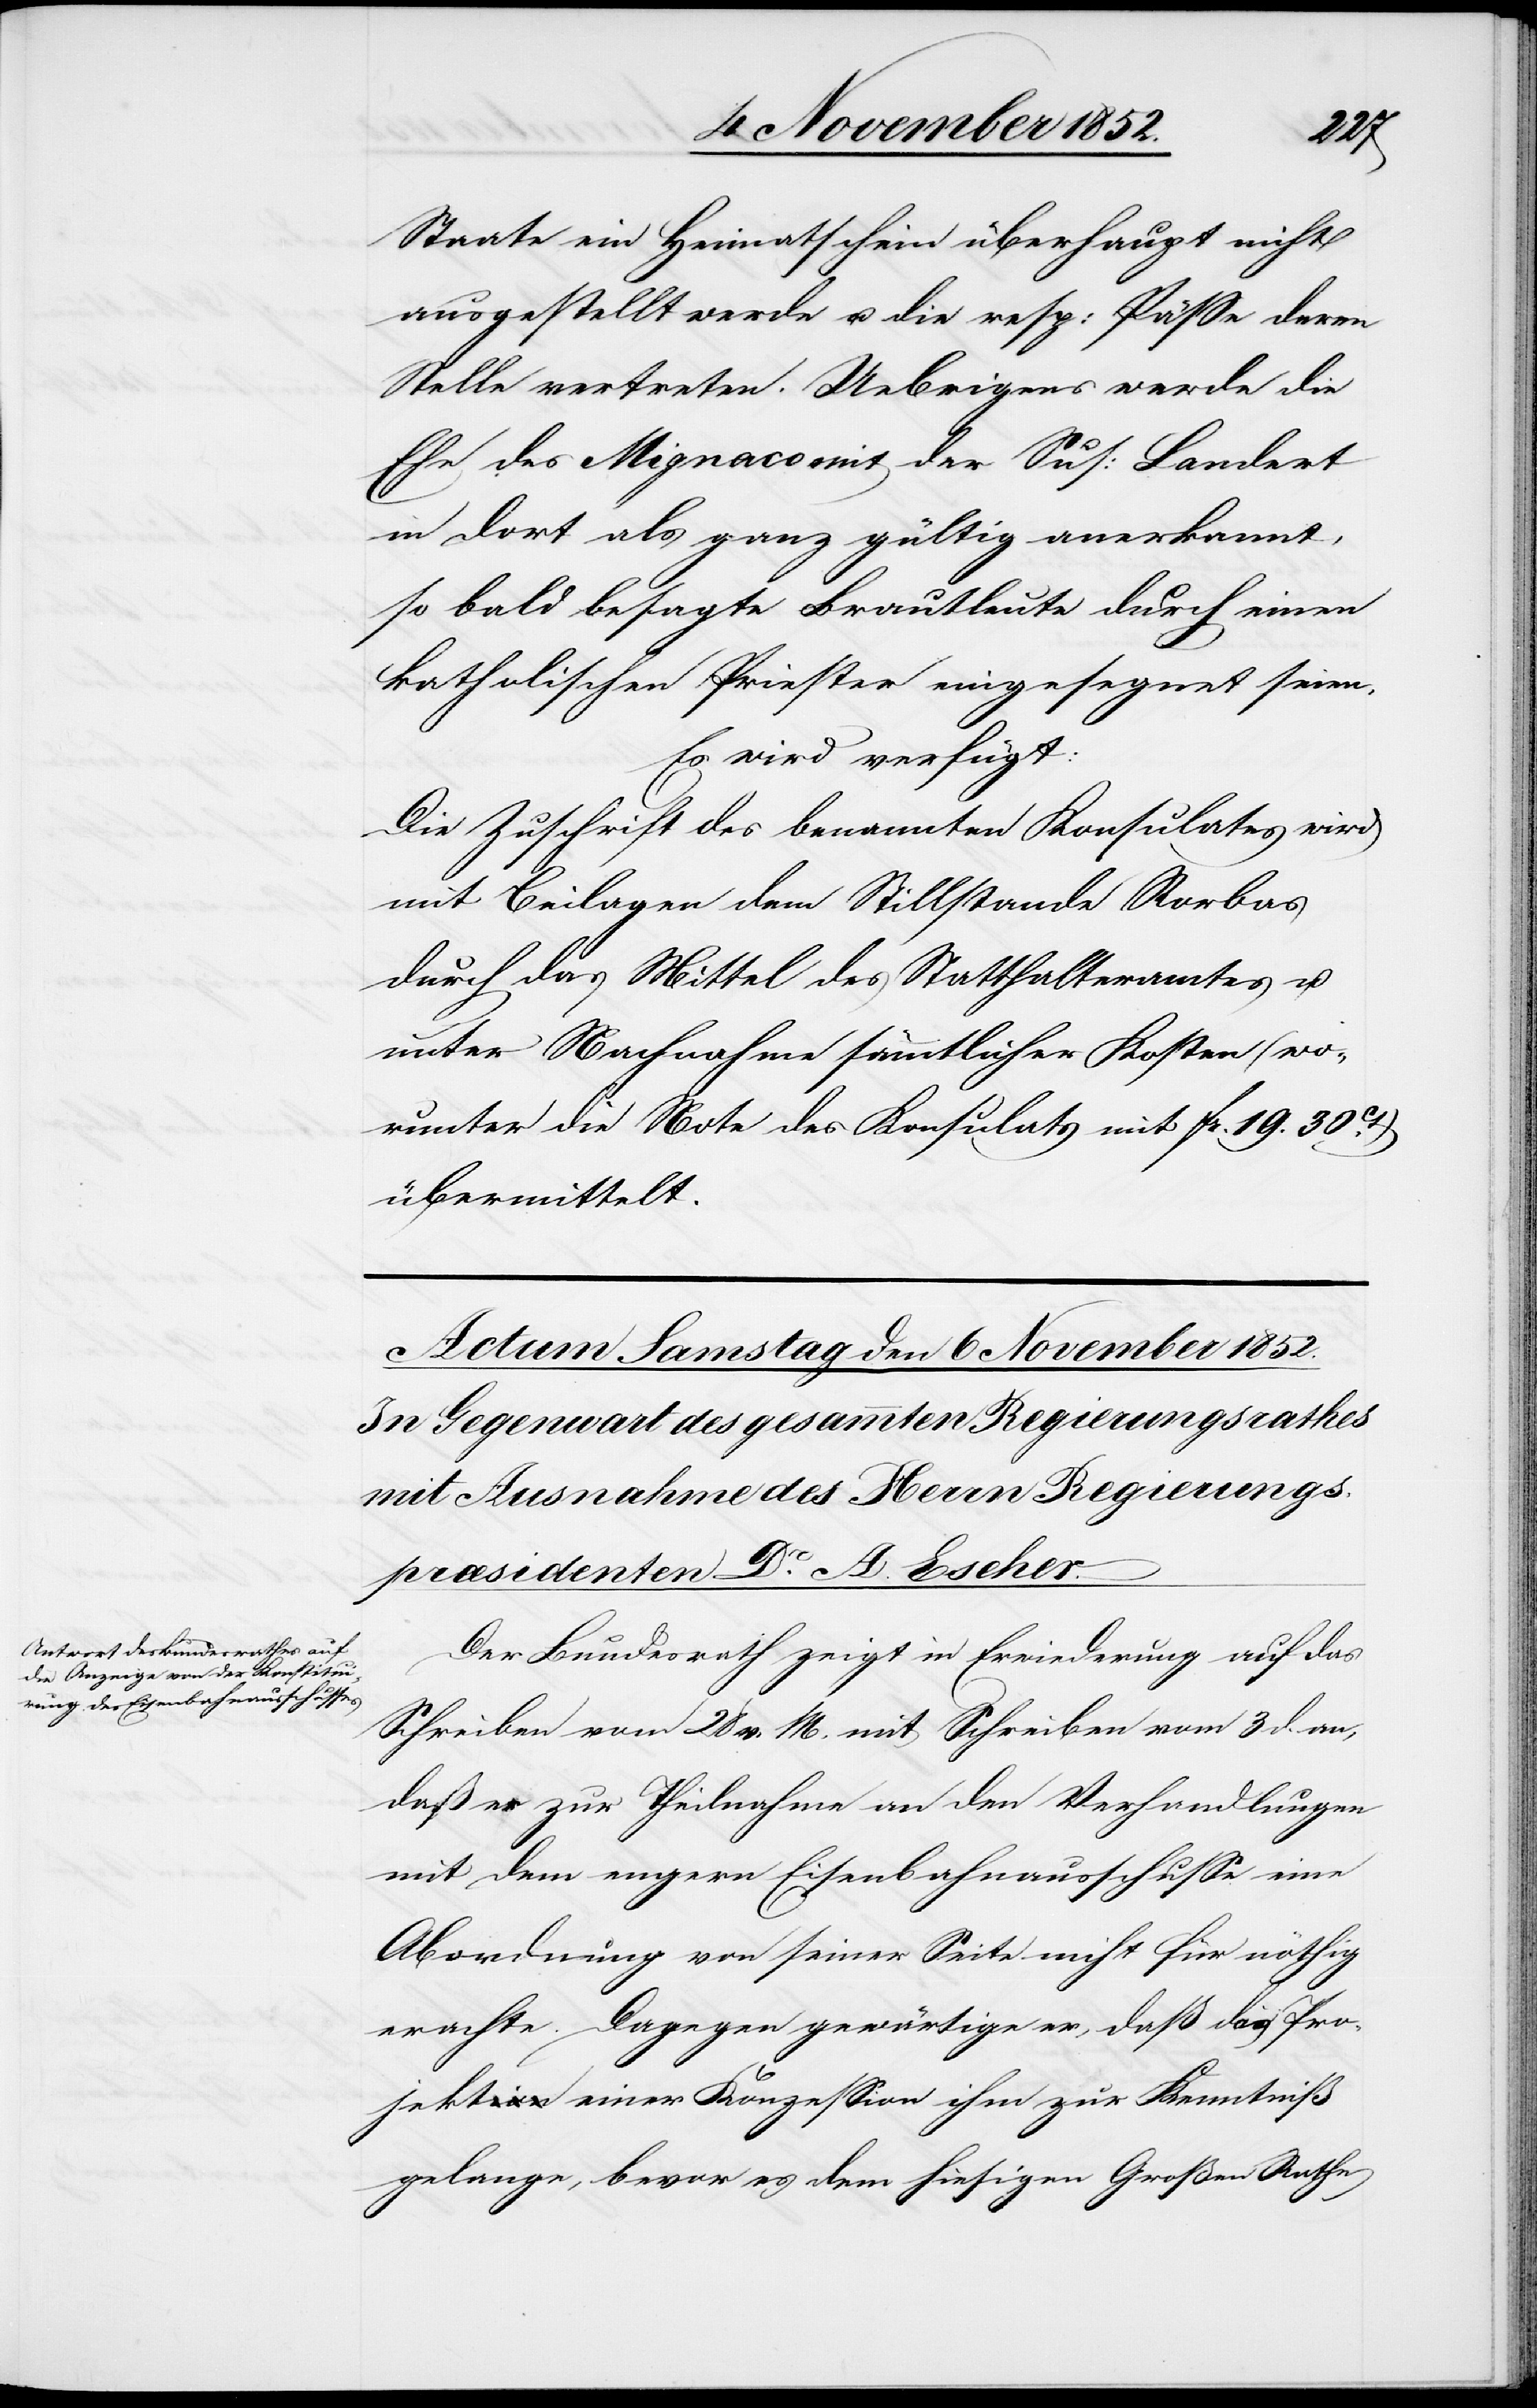
Staate ein Heimatschein überhaupt nicht
ausgestellt werde u. die resp: Pässe deren
Stelle vertreten. Uebrigens werde die
Ehe des Mignaco mit der Sus: Landert
in dort als ganz gültig anerkannt,
so bald besagte Brautleute durch einen
katholischen Priester eingesegnet seien.
Es wird verfügt:
Die Zuschrift des benannten Konsulates wird
mit Beilagen dem Stillstande Rorbas
durch das Mittel des Statthalteramtes u.
unter Nachnahme sämmtlicher Kosten (wo¬
runter die Note des Konsulats mit Fr. 19. 30Ct.)
übermittelt.
Der Bundesrath zeigt in Erwiederung auf das
Schreiben vom 28 v. M. mit Schreiben vom 3 d. an,
daß er zur Theilnahme an den Verhandlungen
mit dem engern Eisenbahnausschusse eine
Abordnung von seiner Seite nicht für nöthig
erachte. Dagegen gewärtige er, daß das Pro¬
jekt einer Konzession ihm zur Kenntniß
gelange, bevor es dem hiesigen Großen Rathe